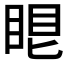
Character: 𥆢